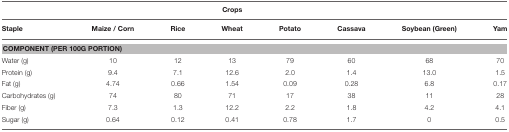
<table><thead><tr><td colspan="7"><b>Crops</b></td><td></td></tr><tr><td><b>Staple</b></td><td><b>Maize / Corn</b></td><td><b>Rice</b></td><td><b>Wheat</b></td><td><b>Potato</b></td><td><b>Cassava</b></td><td><b>Soybean (Green)</b></td><td><b>Yam</b></td></tr></thead><tbody><tr><td colspan="8"><b>COMPONENT (PER 100G PORTION)</b></td></tr><tr><td>Water (g)</td><td>10</td><td>12</td><td>13</td><td>79</td><td>60</td><td>68</td><td>70</td></tr><tr><td>Protein (g)</td><td>9.4</td><td>7.1</td><td>12.6</td><td>2.0</td><td>1.4</td><td>13.0</td><td>1.5</td></tr><tr><td>Fat (g)</td><td>4.74</td><td>0.66</td><td>1.54</td><td>0.09</td><td>0.28</td><td>6.8</td><td>0.17</td></tr><tr><td>Carbohydrates (g)</td><td>74</td><td>80</td><td>71</td><td>17</td><td>38</td><td>11</td><td>28</td></tr><tr><td>Fiber (g)</td><td>7.3</td><td>1.3</td><td>12.2</td><td>2.2</td><td>1.8</td><td>4.2</td><td>4.1</td></tr><tr><td>Sugar (g)</td><td>0.64</td><td>0.12</td><td>0.41</td><td>0.78</td><td>1.7</td><td>0</td><td>0.5</td></tr></tbody></table>